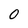
Character: 0